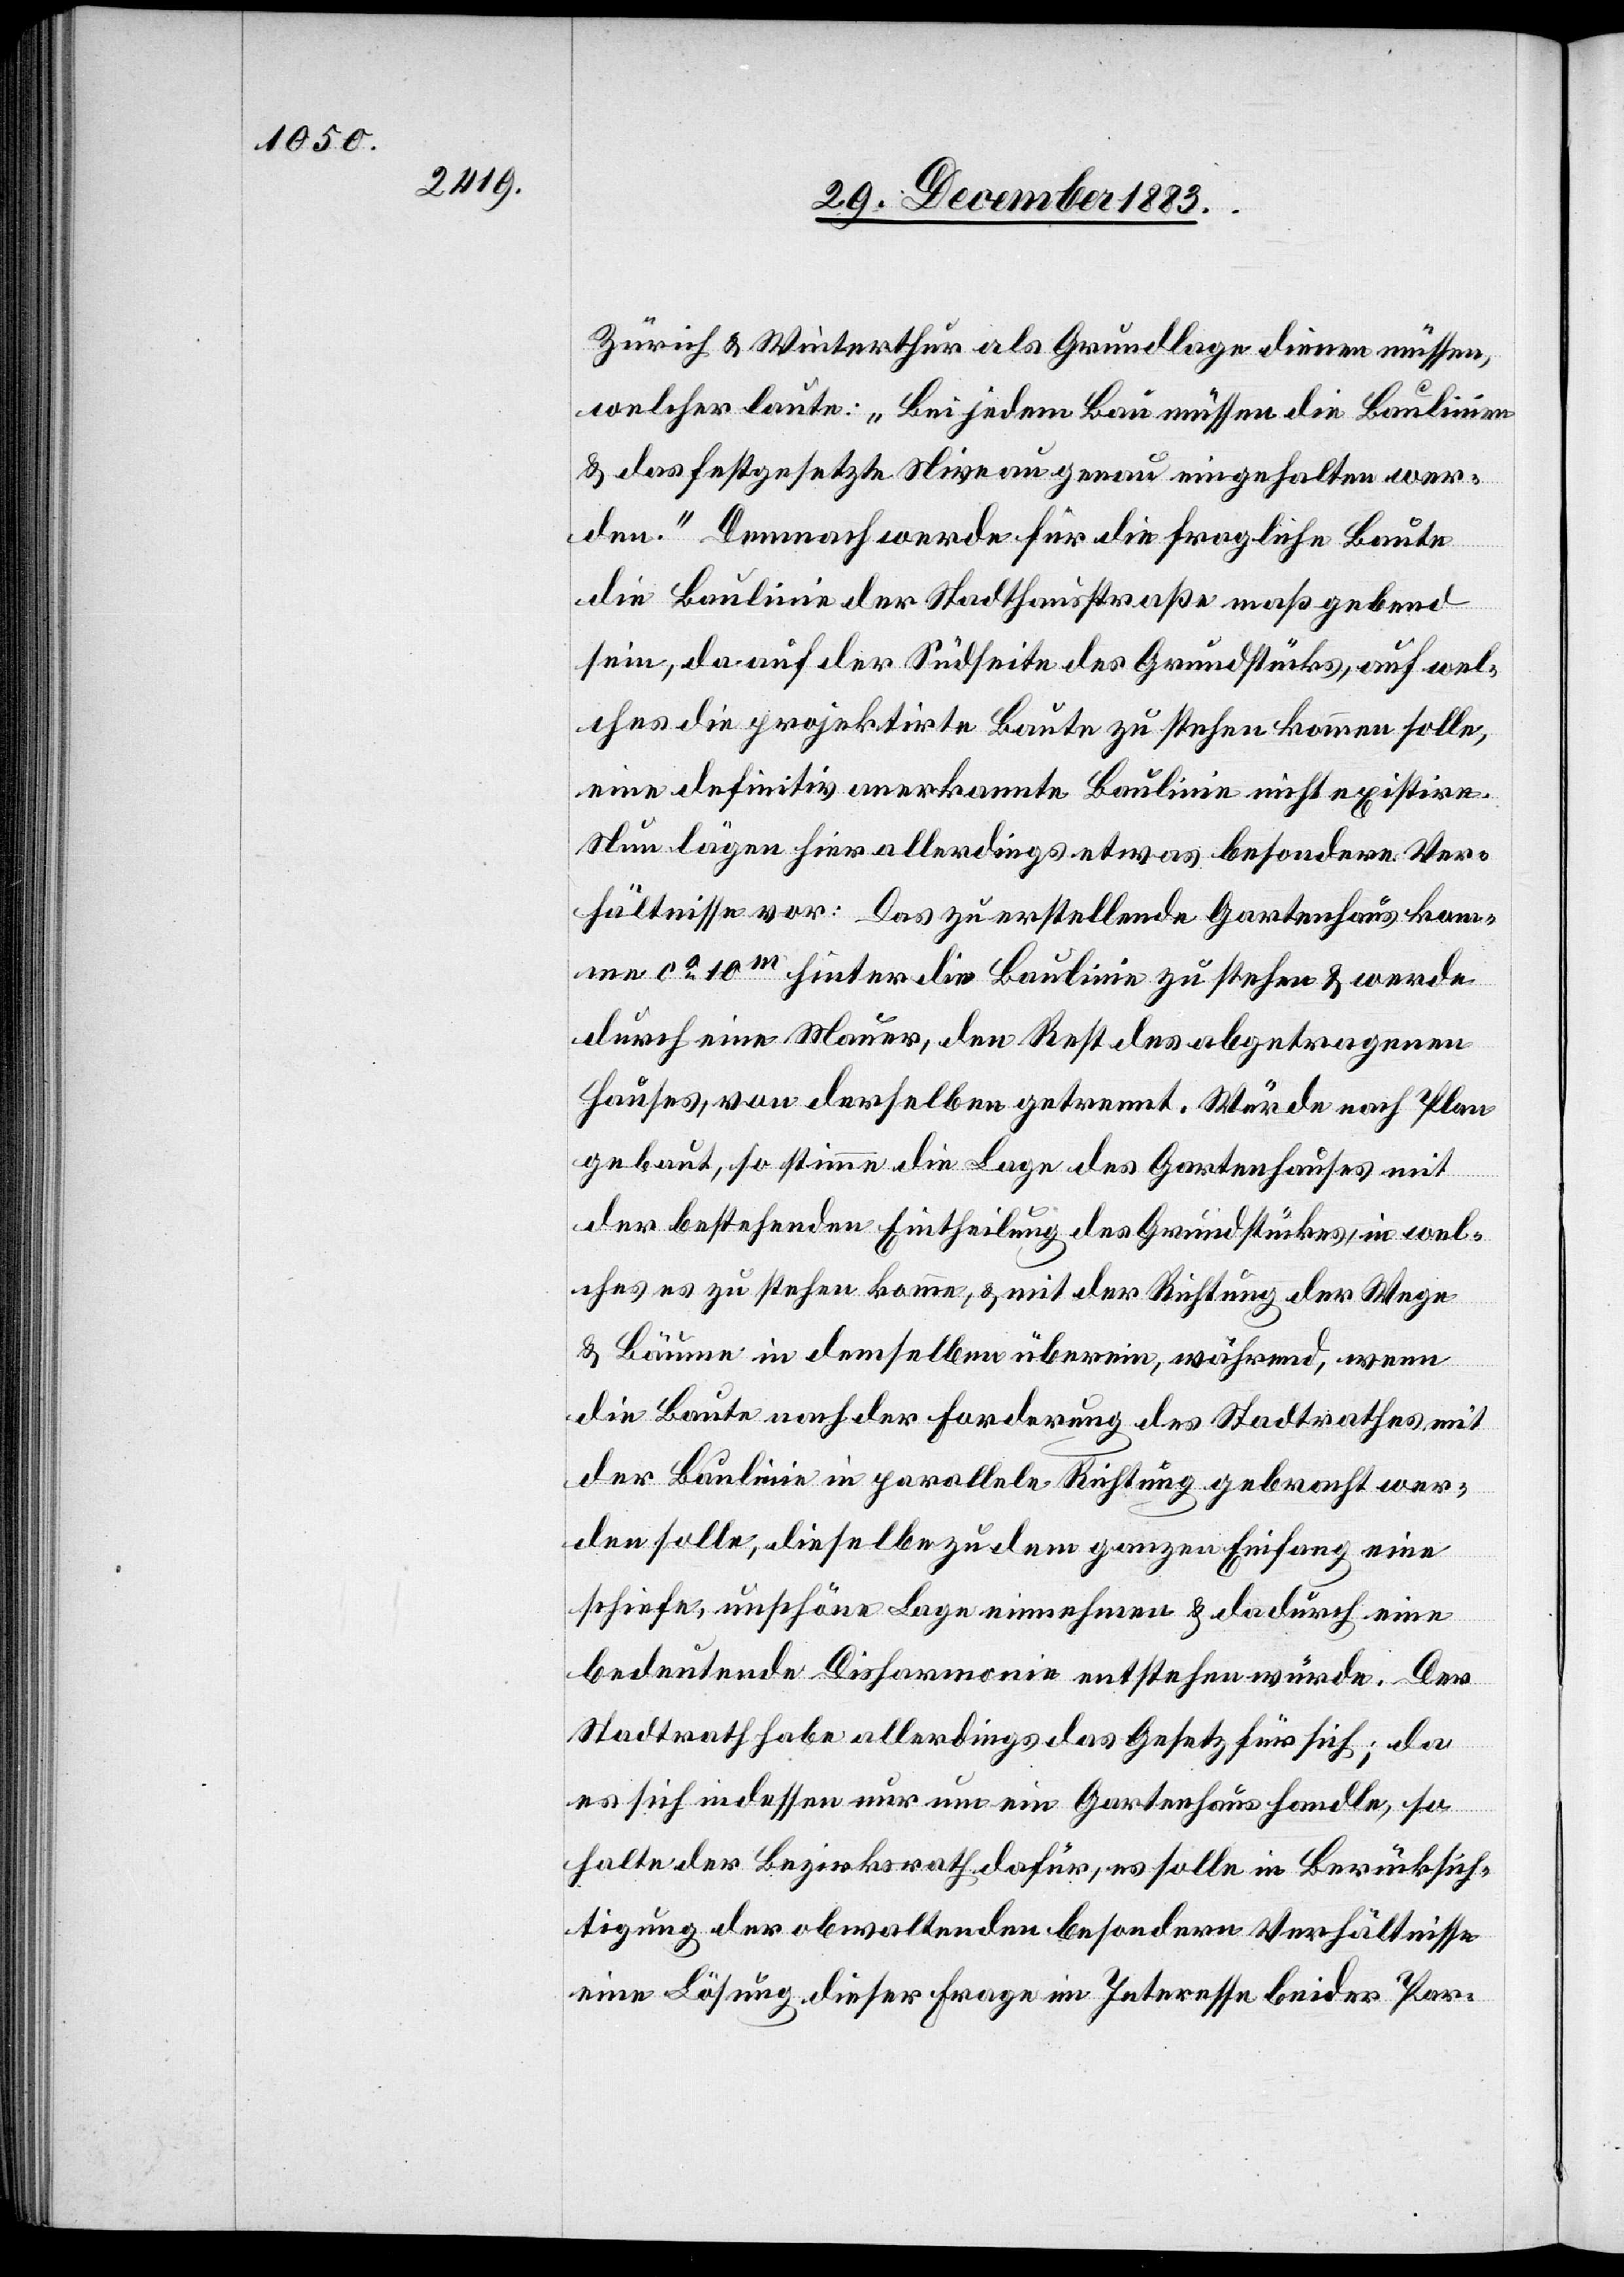
Zürich & Winterthur als Grundlage dienen müssen,
welcher laute: „Bei jedem Bau müssen die Baulinien
& das festgesetzte Niveau eingehalten wer¬
den.“ Demnach werde für die fragliche Baute
die Baulinie der Stadthausstraße maßgebend
sein, da auf der Südseite des Grundstücks, auf wel¬
ches die projektirte Baute zu stehen kommen solle,
eine definitiv anerkannte Baulinie nicht existire.
Nun lägen hier allerdings etwas besondere Ver¬
hältnisse vor: Das zu erstellende Gartenhaus kom¬
me ca 10m hinter die Baulinie zu stehen & werde
durch eine Mauer, den Rest des abgetragenen
Hauses, von derselben getrennt. Würde nach Plan
gebaut, so stimme die Lage des Gartenhauses mit
der bestehenden Eintheilung des Grundstückes, in wel¬
ches es zu stehen komme, & mit der Richtung der Wege
und Bäume in demselben überein, während, wenn
die Baute nach der Forderung des Stadtrathes mit
der Baulinie in parallele Richtung gebracht wer¬
den solle, dieselbe zu dem ganzen Einfang eine
schiefe, unschöne Lage einnehmen & dadurch eine
bedeutende Disharmonie entstehen würde. Der
Stadtrath habe allerdings das Gesetz für sich; da
es sich indessen nur um ein Gartenhaus handle, so
halte der Bezirksrath dafür, es solle in Berücksich¬
tigung der obwaltenden besondern Verhältnisse
eine Lösung dieser Frage im Interesse beider Par-